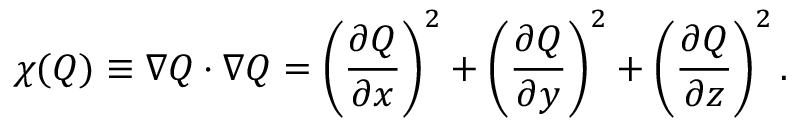
\chi ( Q ) \equiv \nabla Q \cdot \nabla Q = \left( \frac { \partial Q } { \partial x } \right) ^ { 2 } + \left( \frac { \partial Q } { \partial y } \right) ^ { 2 } + \left( \frac { \partial Q } { \partial z } \right) ^ { 2 } .